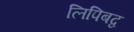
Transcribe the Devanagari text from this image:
लिपिबद्व